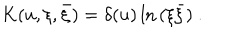
K ( u , \xi , \bar { \xi } ) = \delta ( u ) \ln \, ( \xi \bar { \xi } ) \ .